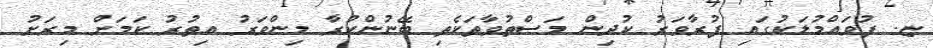
ޏ. ފުވައްމުލަކުގައި ފުރާވަރު ކުދިން މަސްތުވާތަކެތި ބޭނުންކުރާ މިންވަރު އިތުރު ކަމަށް މިރަށު